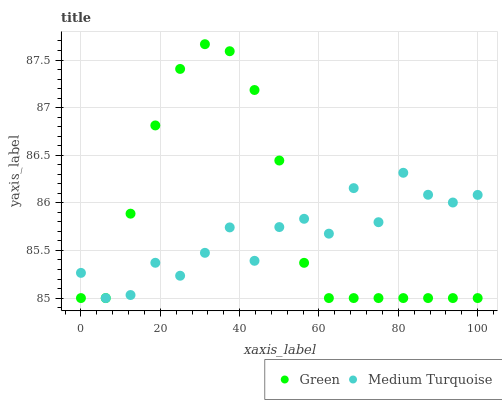
| xaxis_label | Green | Medium Turquoise |
 | --- | --- | --- |
 | 0 | 85 | 85.3 |
 | 6.25 | 85 | 85 |
 | 12.5 | 85.9 | 85 |
 | 18.8 | 86.8 | 85.4 |
 | 25 | 87.4 | 85.2 |
 | 31.2 | 87.7 | 85.5 |
 | 37.5 | 87.6 | 85.7 |
 | 43.8 | 87.2 | 85.4 |
 | 50 | 86.4 | 85.7 |
 | 56.2 | 85.4 | 85.8 |
 | 62.5 | 85 | 85.7 |
 | 68.8 | 85 | 86.2 |
 | 75 | 85 | 85.8 |
 | 81.2 | 85 | 86.3 |
 | 87.5 | 85 | 86.1 |
 | 93.8 | 85 | 86 |
 | 100 | 85 | 86.1 |